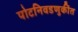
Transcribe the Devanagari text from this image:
पोटनिवडणुकींत